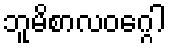
ဘူမိစာလဝဂ္ဂေါ